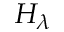
H _ { \lambda }